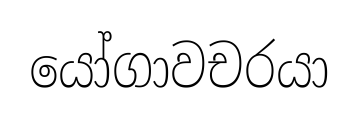
යෝගාවචරයා